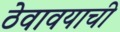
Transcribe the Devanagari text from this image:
ठेवावयाची